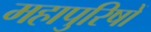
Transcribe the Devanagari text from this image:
महापुरिषों